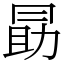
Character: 勗